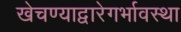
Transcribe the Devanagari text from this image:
खेचण्याद्वारेगर्भावस्था